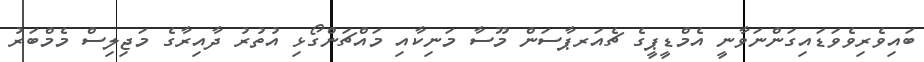
ބައިވެރިވެވަޑައިގަންނަވާނީ އެމްޑީޕީގެ ޗެއަރޕާސަން މޫސާ މަނިކާއި މައްޗަންގޯޅި އުތުރު ދާއިރާގެ މަޖިލިސް މެމްބަރު